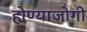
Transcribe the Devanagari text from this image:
होण्याजोगी